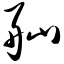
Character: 舢